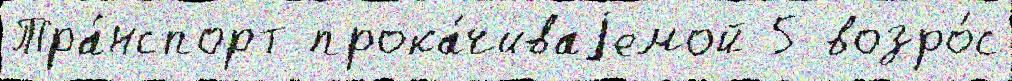
Тра́нспорт прока́чиваjемой 5 возро́с